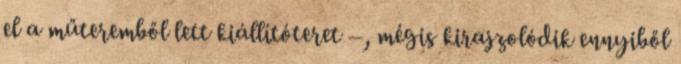
el a műteremből lett kiállítóteret –, mégis kirajzolódik ennyiből